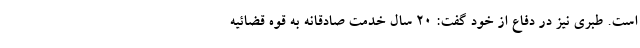
است. طبری نیز در دفاع از خود گفت: ۲۰ سال خدمت صادقانه به قوه قضائیه